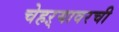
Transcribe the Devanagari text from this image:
चेहऱ्यावरची